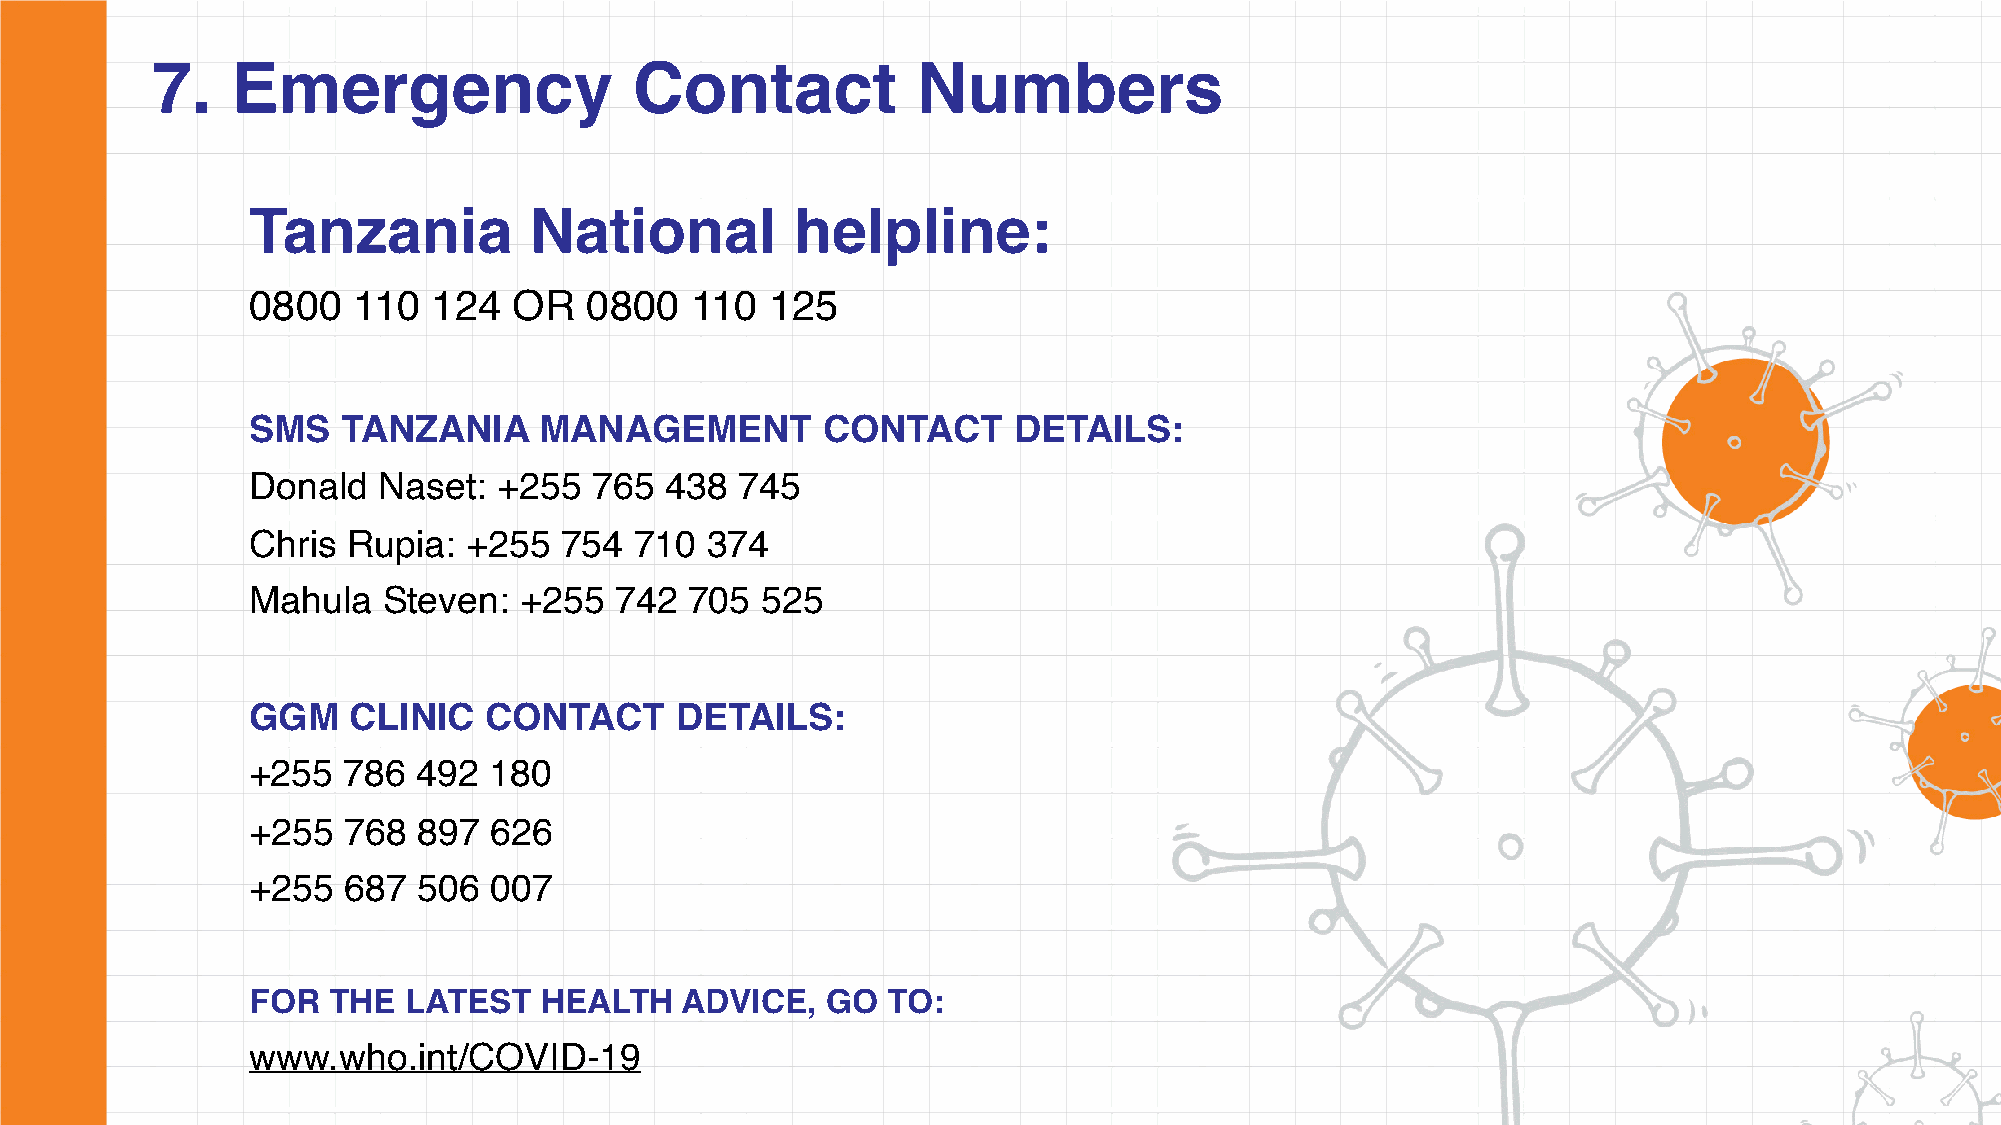
7.   Emergency                  Contact            Numbers
 Tanzania           National          helpline:
 0800   110   124  OR   0800   110  125
 SMS    TANZANIA     MANAGEMENT        CONTACT      DETAILS:
 Donald   Naset:  +255  765  438  745
 Chris  Rupia:  +255  754  710  374
 Mahula   Steven:  +255   742  705 525
 GGM    CLINIC   CONTACT      DETAILS:
 +255   786  492 180
 +255   768  897 626
 +255   687  506 007
 FOR   THE  LATEST   HEALTH   ADVICE,   GO  TO:
 www.who.int/COVID-19